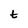
Character: t